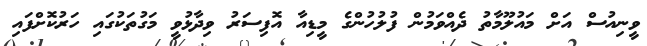
ވީނިއުސް އަށް މައުލޫމާތު ދެއްވަމުން ފުލުހުންގެ މީޑިއާ އޮފިސަރު ވިދާޅުވީ މަގުތަކުގައި ހަރުކޮށްފައި